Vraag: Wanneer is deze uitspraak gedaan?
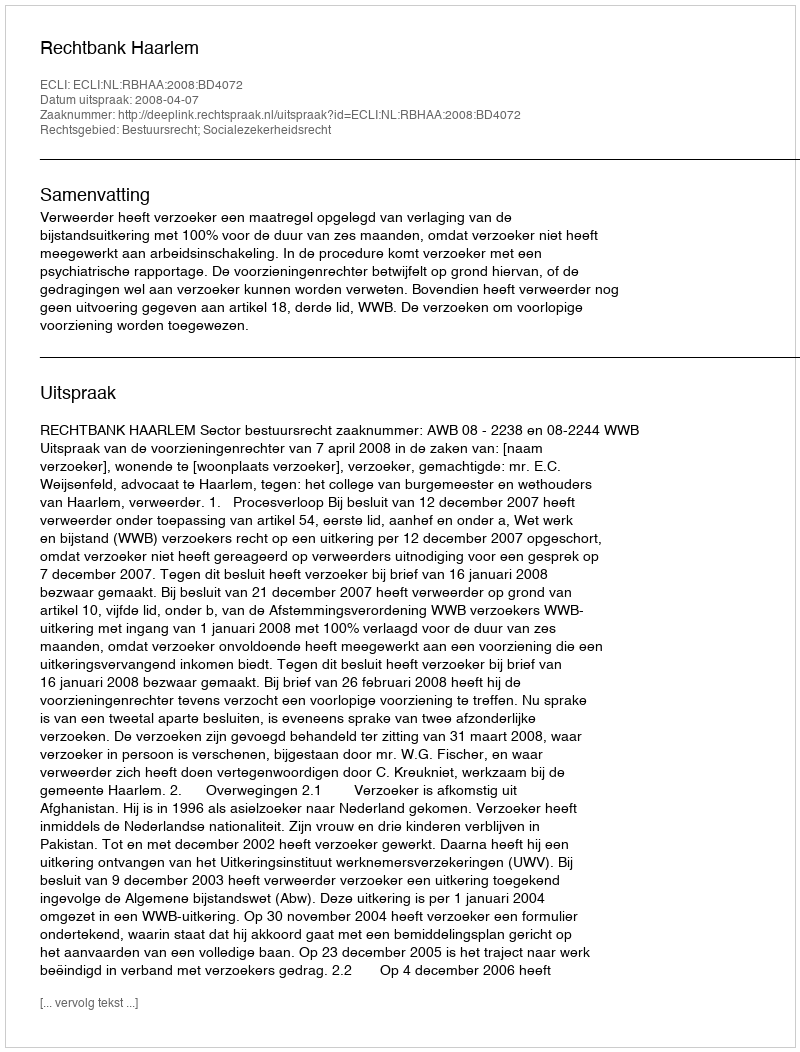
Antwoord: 2008-04-07